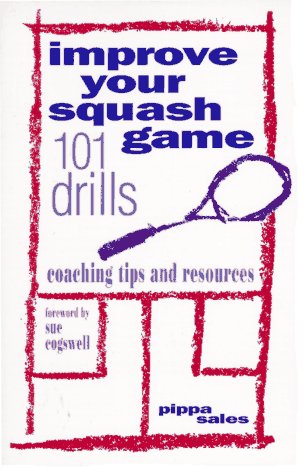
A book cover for Improve Your Squash Game: 101 Drills, Coaching Tips and Resources; Pippa Sales; Sports & Outdoors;